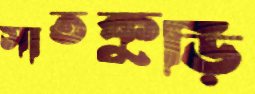
সাতকুড়ি